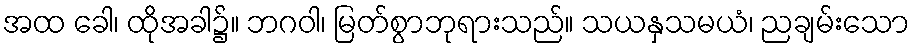
အထ ခေါ၊ ထိုအခါ၌။ ဘဂဝါ၊ မြတ်စွာဘုရားသည်။ သယနှသမယံ၊ ညချမ်းသော